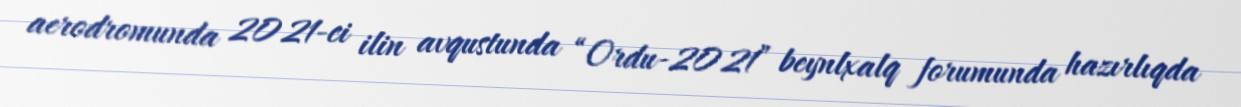
aerodromunda 2021-ci ilin avqustunda “Ordu-2021” beynlxalq forumunda hazırlıqda